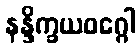
နန္ဒိက္ခယဝဂ္ဂေါ